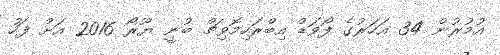
އުމުރުން 34 އަހަރުގެ ފޯވަޑް އިބްރަހިމޮވިޗް ބުނީ ޔޫރޯ 2016 އަށް ފަހު